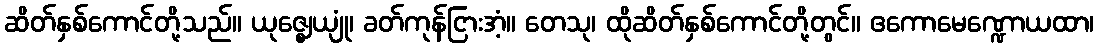
ဆိတ်နှစ်ကောင်တို့သည်။ ယုဇ္ဈေယျုံ၊ ခတ်ကုန်ငြားအံ့။ တေသု၊ ထိုဆိတ်နှစ်ကောင်တို့တွင်။ ဧကောမေဏ္ဍောယထာ၊